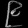
Digit: ၉